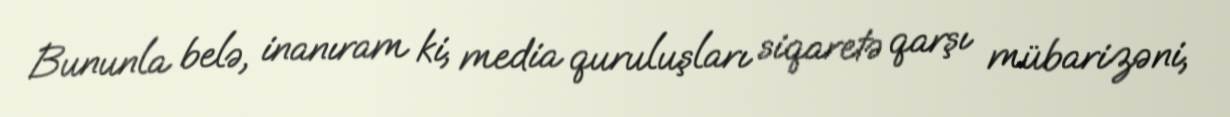
Bununla belə, inanıram ki, media quruluşları siqaretə qarşı mübarizəni,